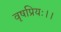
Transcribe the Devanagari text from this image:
वृषप्रियः।।